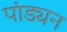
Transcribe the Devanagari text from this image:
पांड्यन